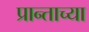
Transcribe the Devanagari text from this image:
प्रान्ताच्या